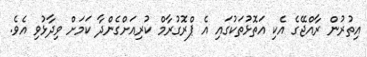
އިތުރުން ރާއްޖޭގެ އެކި އަތޮޅުތަކުގައި އެ ޕްރޮގުރާމް ކުރިއަށްގެންދާ ކަމަށް ވިދާޅުވި އެވެ.